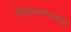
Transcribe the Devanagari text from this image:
श्रीकृष्णसरस्वती